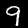
Label: 9